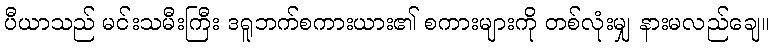
ပီယာသည် မင်းသမီးကြီး ဒရူဘက်စကားယား၏ စကားများကို တစ်လုံးမျှ နားမလည်ချေ။